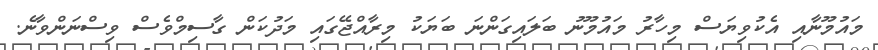
މައުމޫނާއި އެކުވިޔަސް މިހާރު މައުމޫނު ބަލައިގަންނަ ބަޔަކު މިރާއްޖޭގައި މަދުކަން ގާސިމްވެސް ވިސްނަންވާނެ.